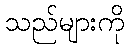
သည်များကို